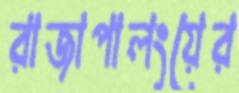
রাজাপালংয়ের